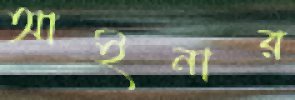
আইনার